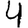
Digit: 4